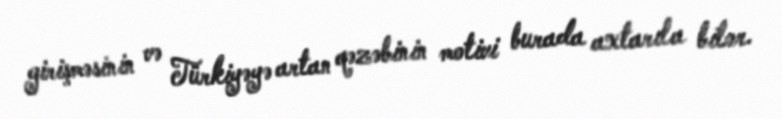
girişməsinin və Türkiyəyə artan qəzəbinin motivi burada axtarıla bilər.